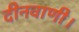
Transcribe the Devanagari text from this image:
दीनवाणी।